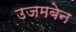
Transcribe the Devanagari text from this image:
उजमबेन